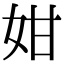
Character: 姏